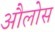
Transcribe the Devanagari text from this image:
औलोस